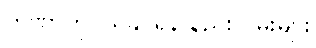
တဏှာကိုပယ်နိုင်ရန် နည်းလမ်းများ